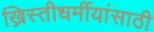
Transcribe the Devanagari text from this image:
ख्रिस्तीधर्मीयांसाठी